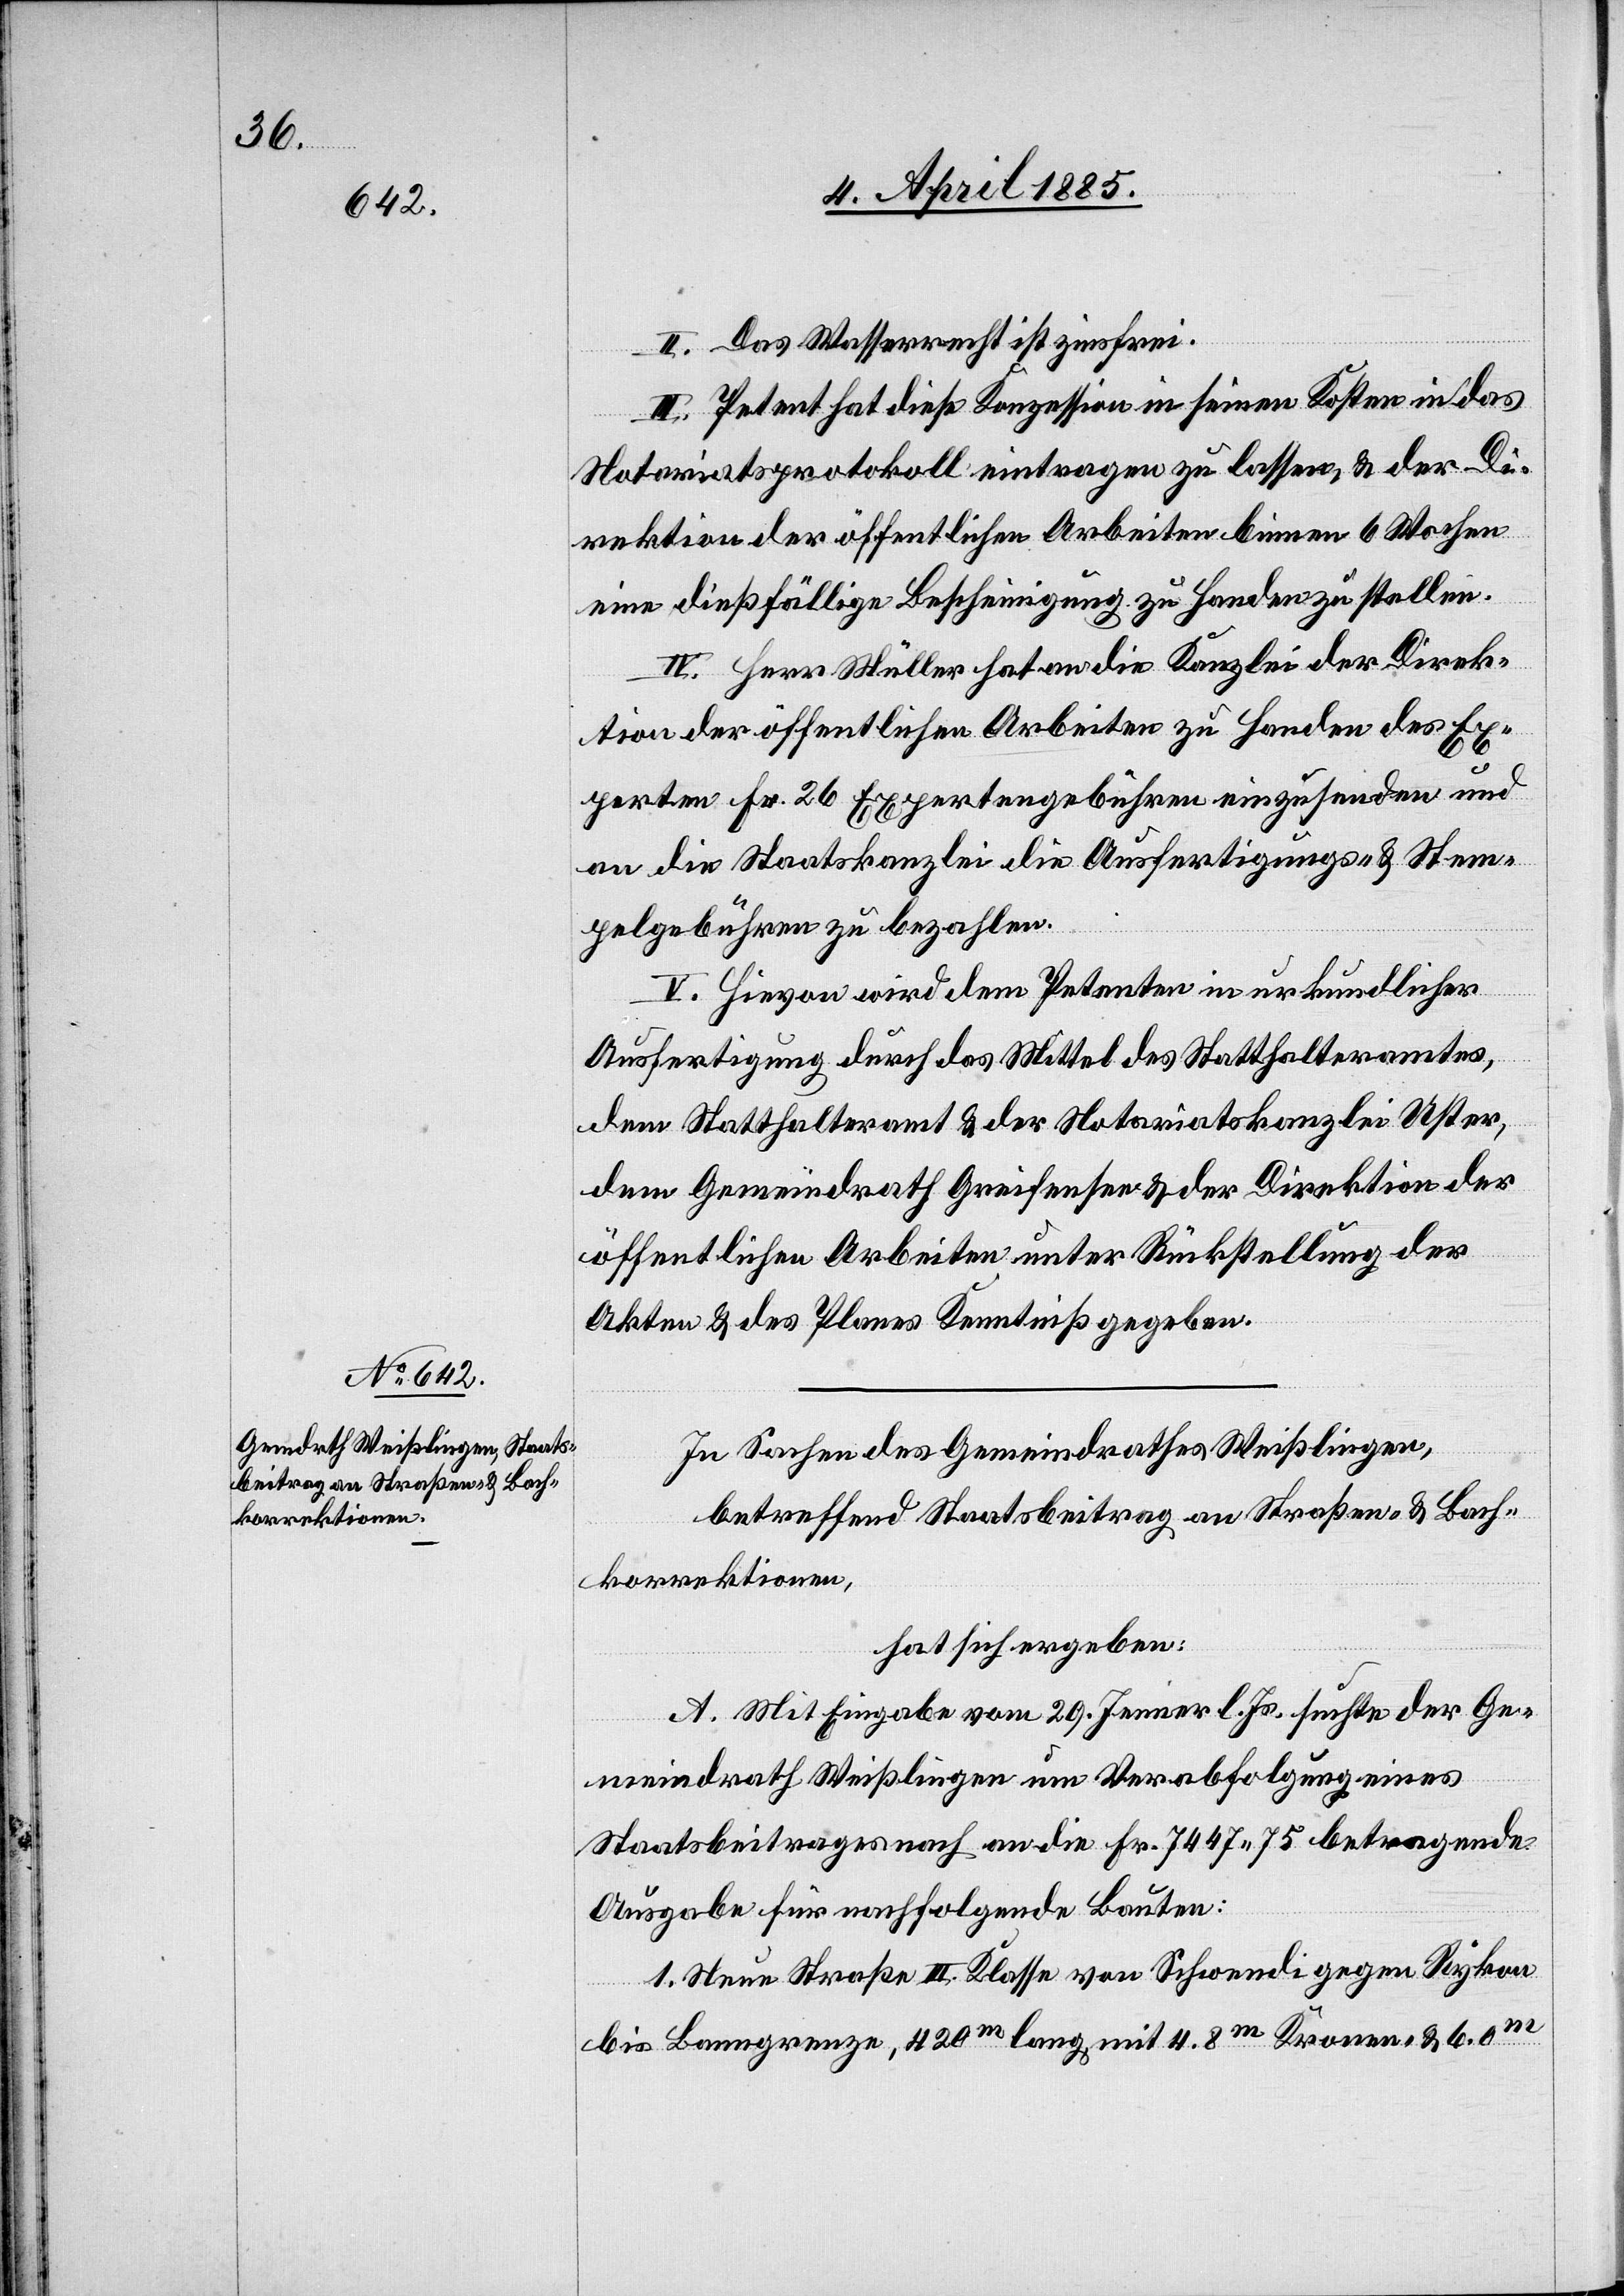
II. Das Wasserrecht ist zinsfrei.
III. Petent hat diese Konzession in seinen Kosten in das
Notariatsprotokoll eintragen zu lassen, & der Di¬
rektion der öffentlichen Arbeiten binnen 6 Wochen
eine dießfällige Bescheinigung zu Handen zu stellen.
IV. Herr Müller hat an die Kanzlei der Direk¬
tion der öffentlichen Arbeiten zu Handen des Ex¬
perten Fr. 26 Expertengebühren einzusenden und
an die Staatskanzlei die Ausfertigungs- & Stem¬
pelgebühren zu bezahlen.
V. Hievon wird dem Petenten in erkundlicher
Ausfertigung durch das Mittel des Statthalteramtes,
dem Statthalteramt & der Notariatskanzlei Uster,
dem Gemeindrath Greifensee & der Direktion der
öffentlichen Arbeiten unter Rückstellung der
Akten & des Planes Kenntniß gegeben.
In Sachen des Gemeindrathes Weißlingen,
betreffend Staatsbeitrag an Straßen- & Bach¬
korrektionen,
hat sich ergeben:
A. Mit Eingabe vom 29. Jenner l. Js. suchte der Ge¬
meindrath Weißlingen um Verabfolgung eines
Staatsbeitrages nach an die Fr. 7447 75 betragende
Ausgabe für nachfolgende Bauten:
1. Neue Straße III. Klasse von Schwendi gegen Rykon
bis Banngrenze, 420 m lang mit 4.8 m Kronen- & 6.0 m